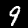
Label: 9